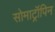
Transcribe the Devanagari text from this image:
सोमाट्रॉपिन